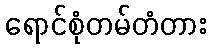
ရောင်စုံတမ်တံတား